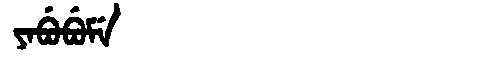
Manchu: ᠶᠠᠪᡠᠪᡠᠮᡝ
Romanization: YABUBUME